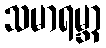
သမာရမ္ဘာ